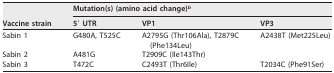
| <ROWSPAN=2> Vaccine strain | <COLSPAN=3> Mutation(s) (amino acid change)b |
 | 5′ UTR | VP1 | VP3 |
 | --- | --- | --- | --- |
 | Sabin 1 | G480A, T525C | A2795G (Thr106Ala), T2879C (Phe134Leu) | A2438T (Met225Leu) |
 | Sabin 2 | A481G | T2909C (Ile143Thr) |  |
 | Sabin 3 | T472C | C2493T (Thr6Ile) | T2034C (Phe91Ser) |